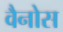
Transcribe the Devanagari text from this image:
वैनोस